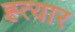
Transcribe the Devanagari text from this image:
ह्त्यार